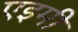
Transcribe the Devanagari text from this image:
एइमी